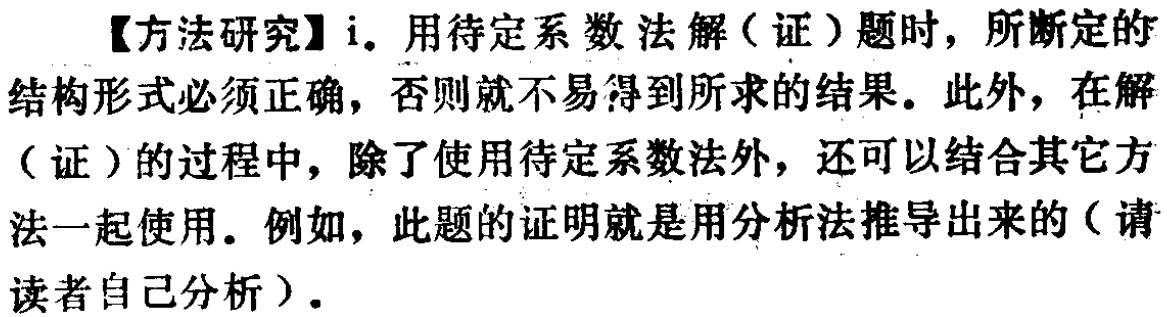
【方法研究】i. 用待定系数法解（证）题时，所断定的结构形式必须正确，否则就不易得到所求的结果。此外，在解（证）的过程中，除了使用待定系数法外，还可以结合其它方法一起使用。例如，此题的证明就是用分析法推导出来的（请读者自己分析）。